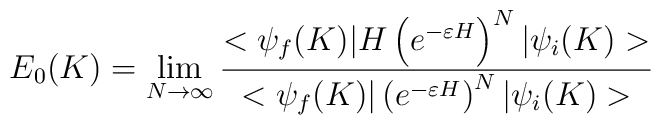
E_0(K) = \lim_{N \rightarrow \infty}\frac{ <\psi_f(K)| H \left( e^{-\varepsilon H}\right)^N |\psi_i(K)>}{ <\psi_f(K)| \left( e^{-\varepsilon H}\right)^N |\psi_i(K)>}